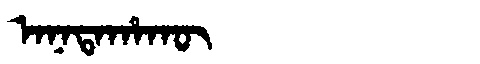
Manchu: ᠠᠨᠠᡨᠠᡥᠠᡴᡡ
Romanization: ANATAHAKŪ